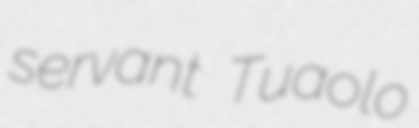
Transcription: servant Tuaolo